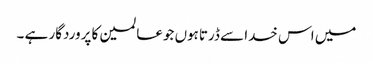
میں اس خدا سے ڈرتاہوں جوعالمین کا پروردگار ہے ۔